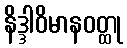
နိဒ္ဒါဝိမာနဝတ္ထု